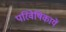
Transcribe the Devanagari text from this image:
परिवेषिकायें